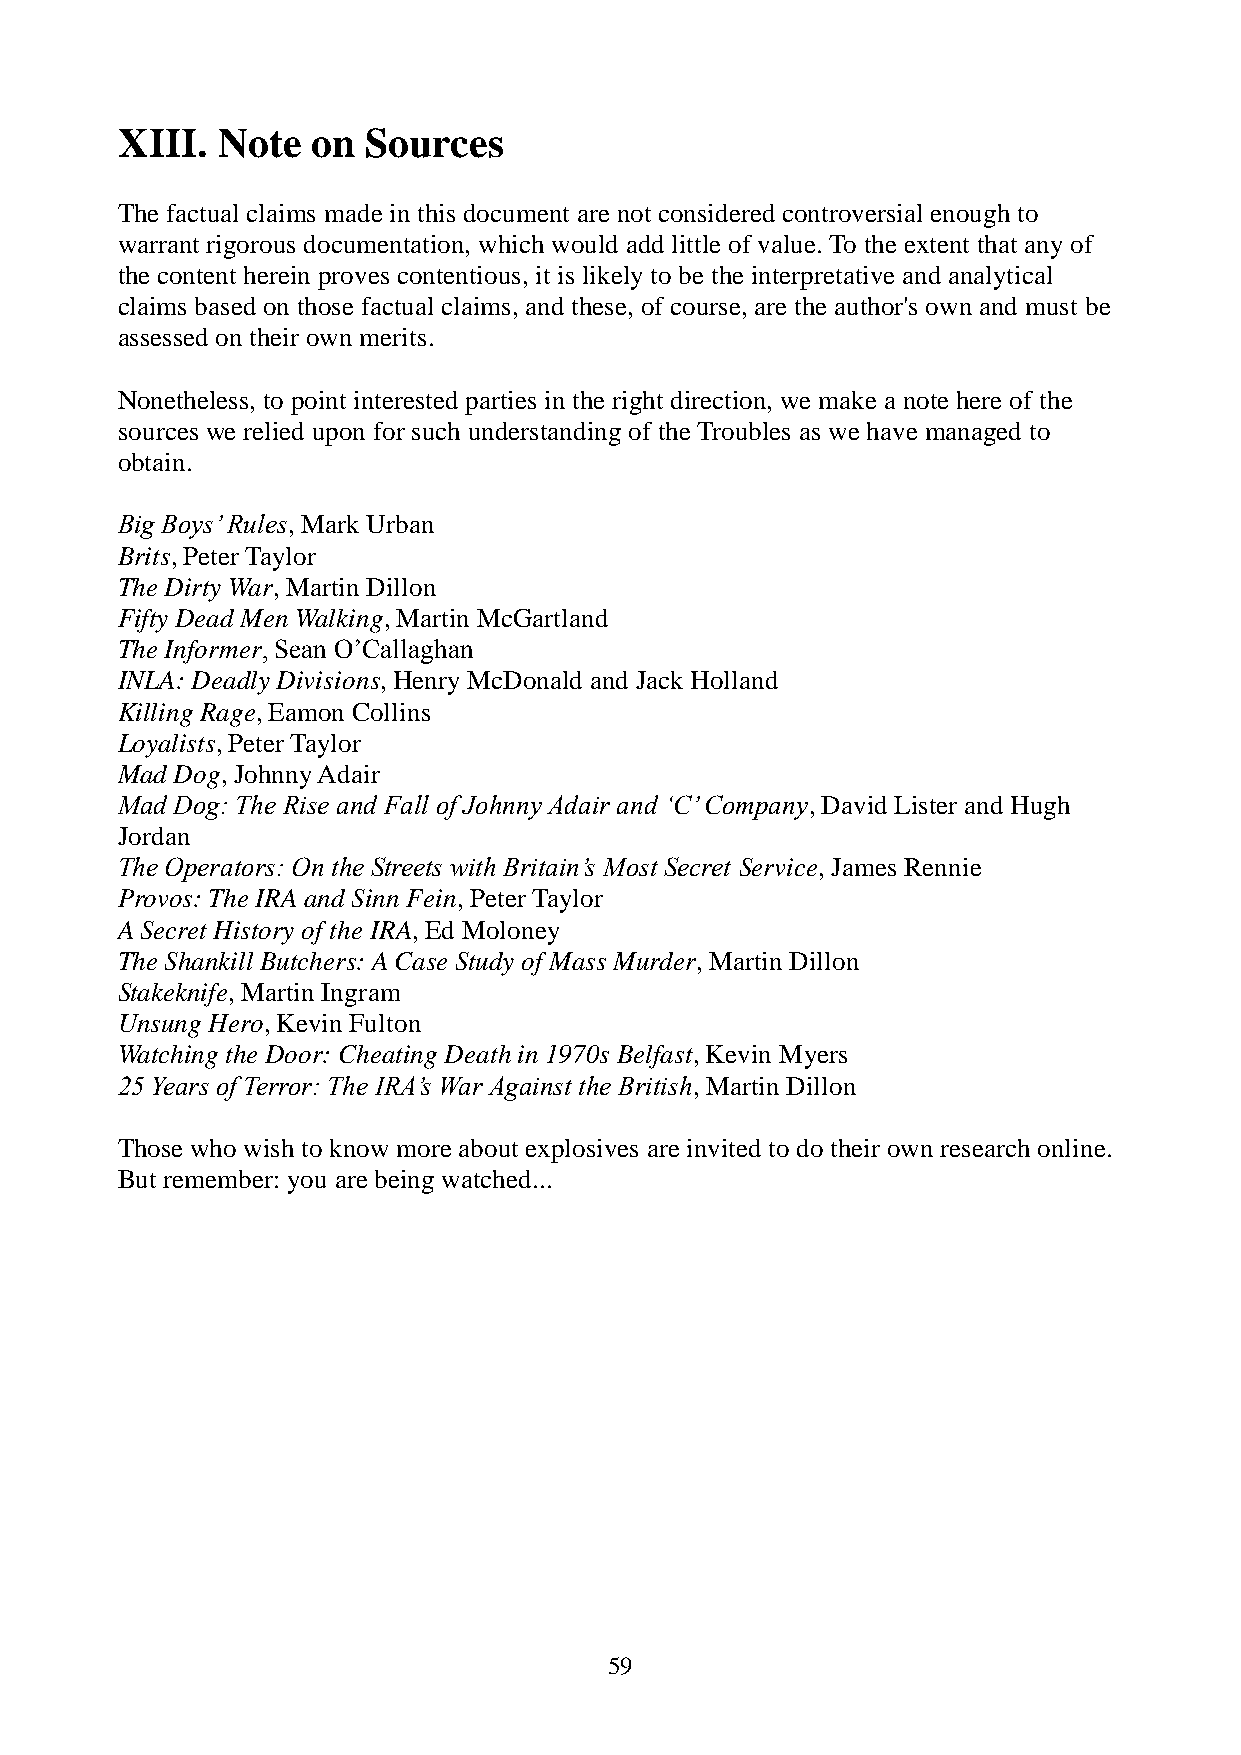
XIII. Note   on Sources
 The factual claims made in this document are not considered controversial enough to
 warrant rigorous documentation, which would add little of value. To the extent that any of
 the content herein proves contentious, it is likely to be the interpretative and analytical
 claims based on those factual claims, and these, of course, are the author's own and must be
 assessed on their own merits.
 Nonetheless, to point interested parties in the right direction, we make a note here of the
 sources we relied upon for such understanding of the Troubles as we have managed to
 obtain.
 Big Boys’ Rules, Mark Urban
 Brits, Peter Taylor
 The Dirty War, Martin Dillon
 Fifty Dead Men Walking, Martin McGartland
 The Informer, Sean O’Callaghan
 INLA: Deadly Divisions, Henry McDonald and Jack Holland
 Killing Rage, Eamon Collins
 Loyalists, Peter Taylor
 Mad Dog, Johnny Adair
 Mad Dog: The Rise and Fall of Johnny Adair and ‘C’ Company, David Lister and Hugh
 Jordan
 The Operators: On the Streets with Britain’s Most Secret Service, James Rennie
 Provos: The IRA and Sinn Fein, Peter Taylor
 A Secret History of the IRA, Ed Moloney
 The Shankill Butchers: A Case Study of Mass Murder, Martin Dillon
 Stakeknife, Martin Ingram
 Unsung Hero, Kevin Fulton
 Watching the Door: Cheating Death in 1970s Belfast, Kevin Myers
 25 Years of Terror: The IRA’s War Against the British, Martin Dillon
 Those who wish to know more about explosives are invited to do their own research online.
 But remember: you are being watched...
 59